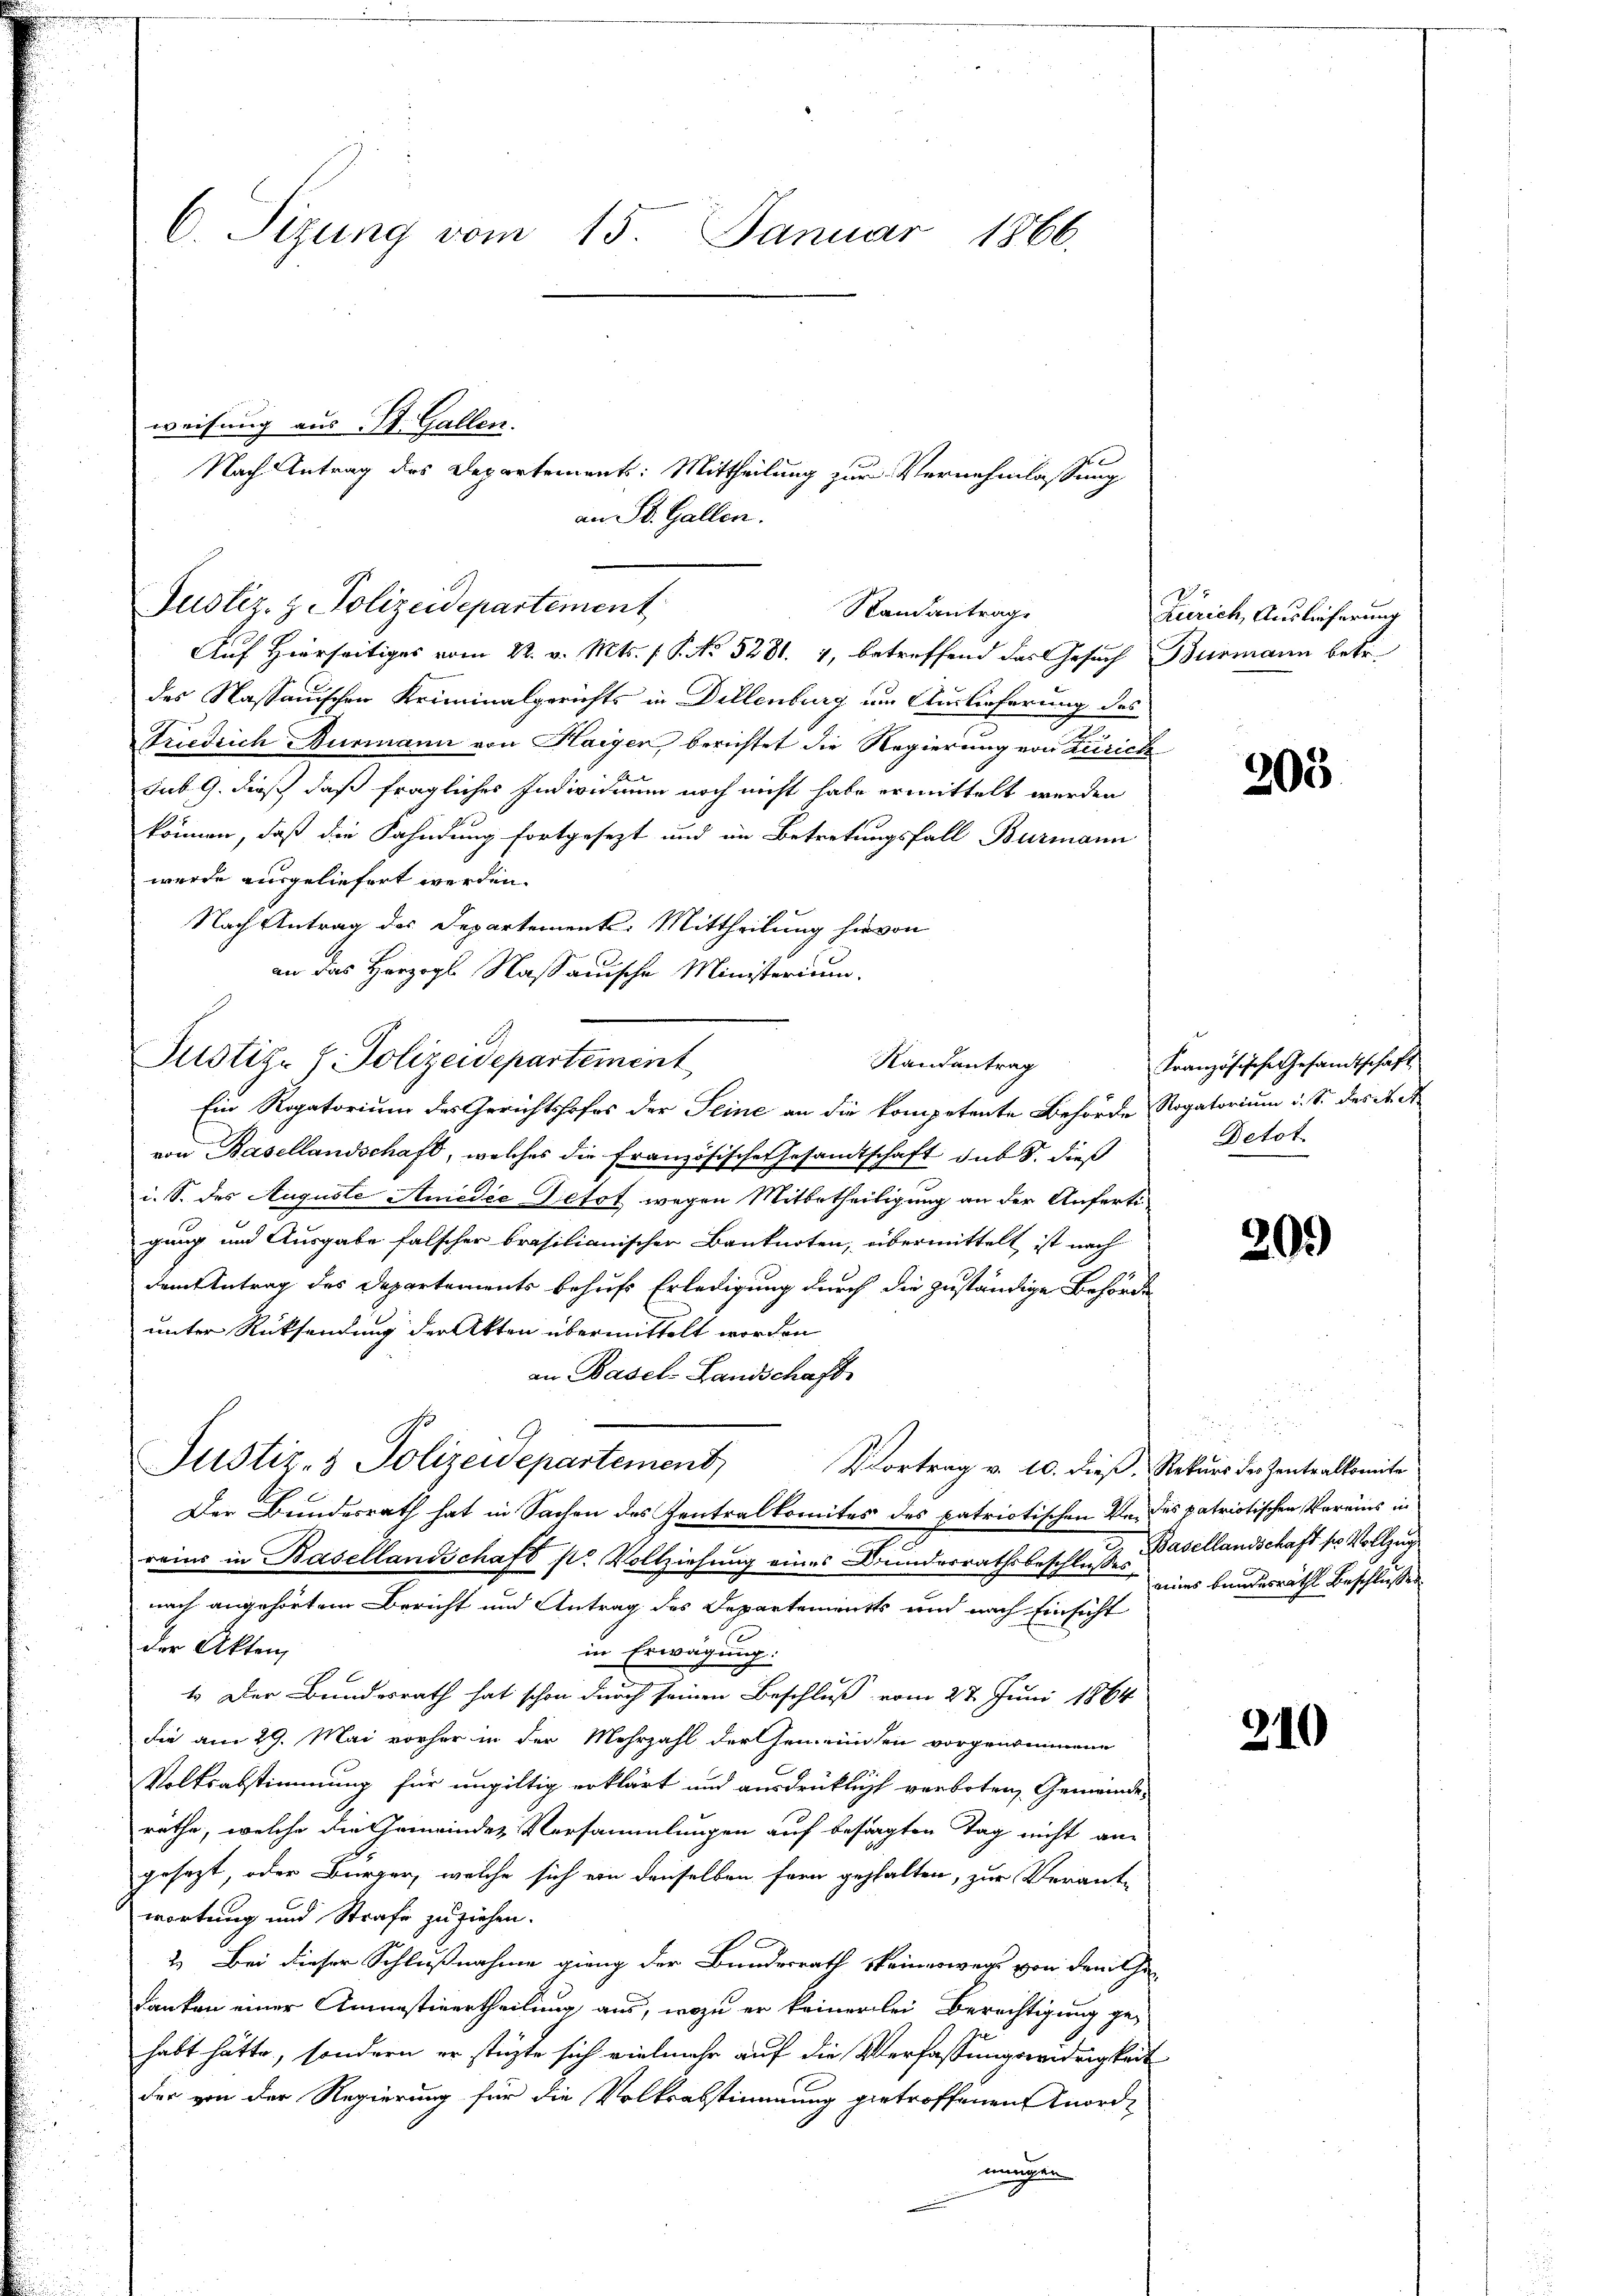
C. Sizung vom 15. Januar 1866.

Justiz. z. Polizeidepartement
Standantrage

Auf Hierseitiges vom 22. v. Mts. f. P. No 5281. 1, betreffend das Gesuch Burmann betr.
des Nassauischen Kriminalgerichts in Dillenburg um Auslieferung des
Friedrich Burmann von Haiger berichtet die Regierung von Zürich
sub. 9. dieß daß fragliches Individuum noch nicht habe ermittelt werden
können, daß die Fahndung fortgesezt und im Betretungsfall Burmann
wurde ausgeliefert werden.
Nach Antrag des Departement: Mittheilung hievon
an das Herzogl. Nassauische Ministerium.
Ein Rogatorium des Gerichtshofes der Seine an die kompetente Behörde Rogatorium u. S. des R. et
von Basellandschaft, welches die Französische Gesandtschaft sub S. dieß
i. S. des Auguste Anedie Petot wegen Mitbetheiligung an der Anfertigung und Ausgabe falscher brasilianischer Banknoten, übermittelt ist nach
dem Antrag des Departements behufs Erledigung durch die zuständige Behörde
unter Rücksendung der Akten übermittelt worden
an Basel-Landschafte
Justiz- & Polizeidepartement Vortrag v. 10. dieβ. Rekŭrs der Zentralkomite
Der Bundesrath hat in Sachen des Zentralkomites des patriotischen Ver- des patriotischen Vereins in
reins in Basellandschaft str. Vollziehung eines Bunderrathsbeschlusses, eines Bundesrath Beschlusses
nach angehörtem Bericht und Antrag des Departements und nach Einsicht
der Akten,
in Erwägung:
6
1. Der Bundesrath hat schon durch seinen Beschluß vom 27. Juni 1864
die am 29. Mai vorher in der Mehrzahl der Gemeinden vorgenommene
Volksabstimmung für ungültig erklärt und ausdrücklicht verboten, Gemeindes
räthe, welche die Gemeindes Versammlungen auf besagten Tag nicht an-
gesezt, oder Bürger, welche sich von denselben fern gehalten, zur Verant-
wortung und Strafe zuziehen.
2. Bei dieser Schlußnahme gieng der Bundesrath keineswegs von dem Ge-
danken einer Amnestinertheilung aus, wozu er keinerlei Berechtigung gehabt hätte, sondern er stüzte sich vielmehr auf die Verfassungswidrigkeit
der von der Regierung für die Volksabstimmung getroffenen Anordmungen

weisung aus St. Gallen.

Justiz- & Polizeidepartement

Nach Antrag des Departements: Mittheilung zur Vernehmlassung
an St. Gallen.

Randantrag

Zürich, Auslieferung

205

Französische Gesandtschaft
Detot.

20.)

u
Basellandschaft so vollzug

310